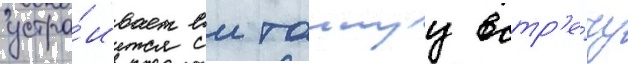
устра́ивает еи таинуу встр'е́чу